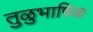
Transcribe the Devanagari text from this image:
तुळुभाषिक